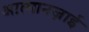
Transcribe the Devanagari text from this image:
आत्मानज़ाई